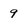
Character: 9